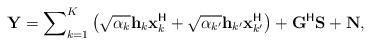
LaTeX: \begin{align*}{\textbf{Y}}=\sum\nolimits_{k=1}^{K}\left(\sqrt{\alpha_k}{\textbf{h}}_k{\textbf{x}}_k^{\mathsf{H}}+\sqrt{\alpha_{k'}}{\textbf{h}}_{k'}{\textbf{x}}_{k'}^{\mathsf{H}}\right)+{\textbf{G}}^{\mathsf{H}}{\textbf{S}}+{\textbf{N}},\end{align*}